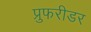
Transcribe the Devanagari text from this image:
प्रुफरीडर